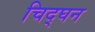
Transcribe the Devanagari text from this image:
चिद्घन